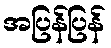
အပြန်ပြန်